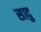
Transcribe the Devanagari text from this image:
सादु